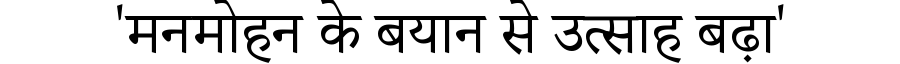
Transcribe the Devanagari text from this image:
'मनमोहन के बयान से उत्साह बढ़ा'